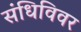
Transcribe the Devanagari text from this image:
संधिविवर